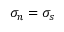
\sigma _ { n } = \sigma _ { s }